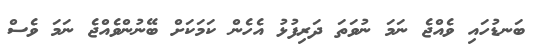
ބަނޑުހައި ވެއްޖެ ނަމަ ނުވަތަ ދަރިފުޅު އެހެން ކަމަކަށް ބޭނުންވެއްޖެ ނަމަ ވެސް